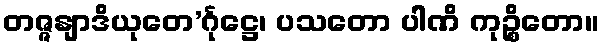
တဇ္ဇနျာဒိယုတေ’င်္ဂုဋ္ဌေ၊ ပသတော ပါဏိ ကုဉ္စိတော။